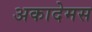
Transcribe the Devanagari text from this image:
अकादेमस